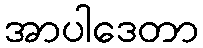
အာပါဒေတာ